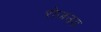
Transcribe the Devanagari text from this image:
रोजउड